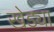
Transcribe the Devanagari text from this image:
खेड्या